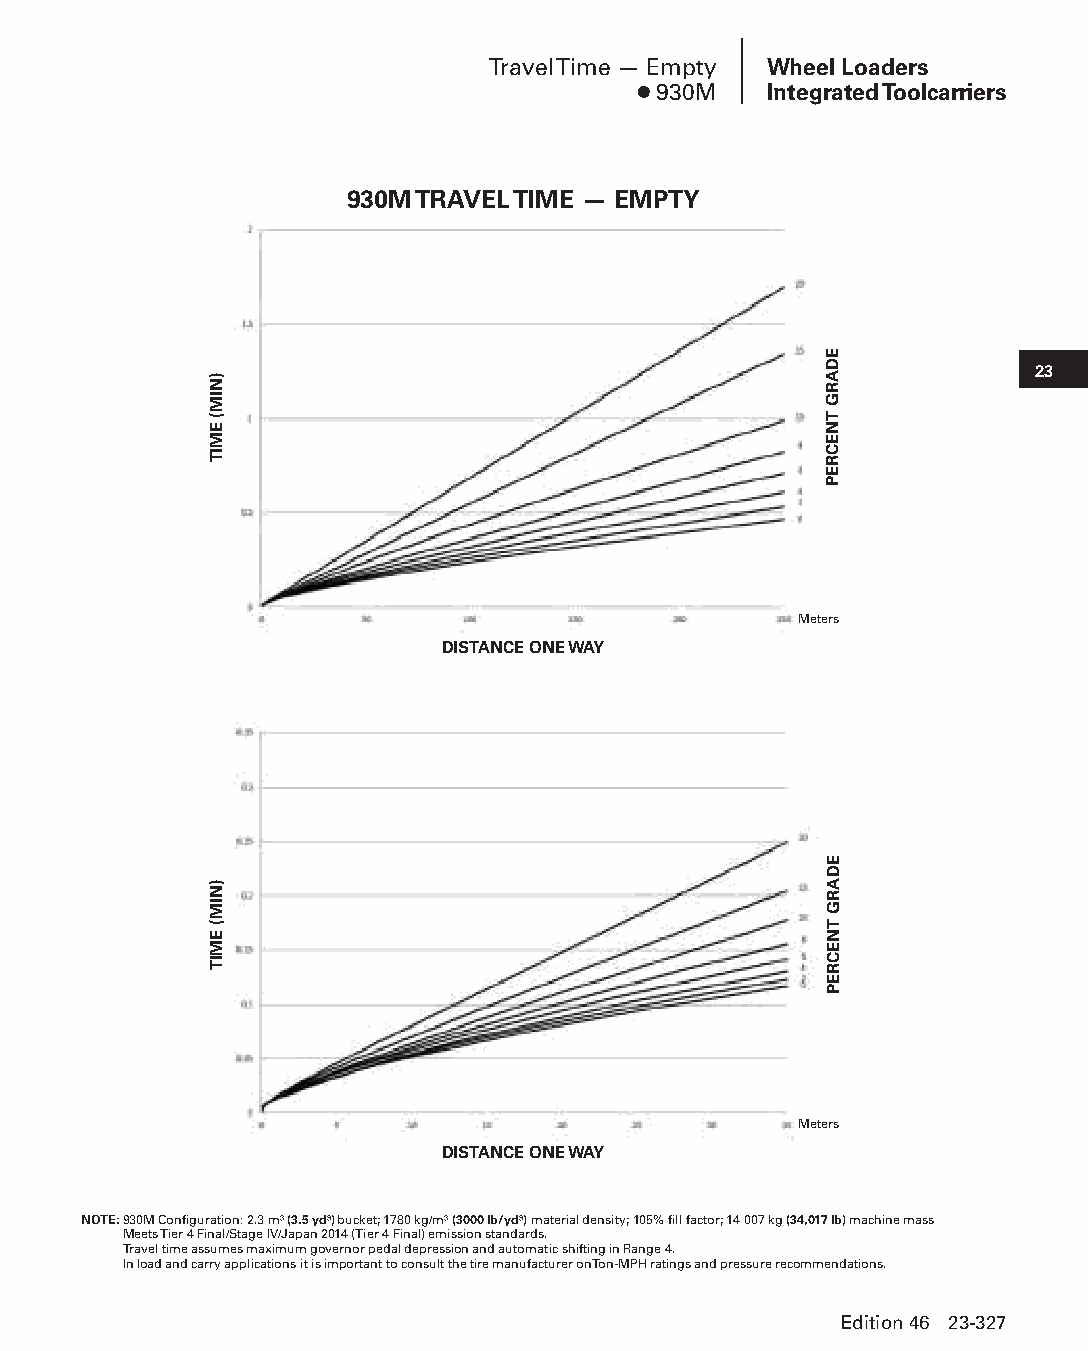
Travel Time — Empty Wheel Loaders
 ● 930M  Integrated Toolcarriers
 930M TRAVEL TIME — EMPTY
 23
 Meters
 DISTANCE ONE WAY
 Meters
 DISTANCE ONE WAY
 NOTE: 930M Configuration: 2.3 m3 (3.5 yd3) bucket; 1780 kg/m3 (3000 lb/yd3) material density; 105% fill factor; 14 007 kg (34,017 lb) machine mass
 Meets Tier 4 Final/Stage IV/Japan 2014 (Tier 4 Final) emission standards.
 Travel time assumes maximum governor pedal depression and automatic shifting in Range 4.
 In load and carry applications it is important to consult the tire manufacturer on Ton-MPH ratings and pressure recommendations.
 Edition 46 23-327
 PPHHBB--SSeecc2233((ppgg332255--338800))..iinndddd 332277      1122//44//1155 1111::1133 AAMM
 )NIM(
 EMIT
 )NIM(
 EMIT
 EDARG
 TNECREP
 EDARG
 TNECREP